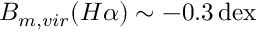
B _ { m , v i r } ( H \alpha ) \sim - 0 . 3 \, \mathrm { d e x }